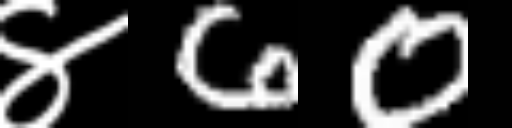
Text: ४60